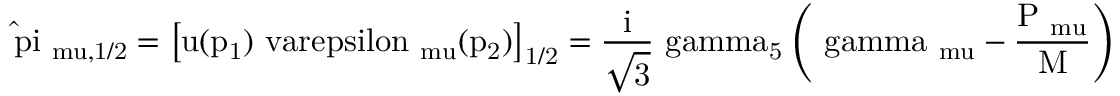
\mathrm { \hat { \ p i } _ { \ m u , 1 / 2 } = \left[ u ( p _ { 1 } ) \ v a r e p s i l o n _ { \ m u } ( p _ { 2 } ) \right] _ { 1 / 2 } = \frac { i } { \sqrt { 3 } } \ g a m m a _ { 5 } \left( \ g a m m a _ { \ m u } - \frac { P _ { \ m u } } { M } \right) \Psi ( P ) } ,